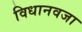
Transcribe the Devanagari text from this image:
विधानवजा